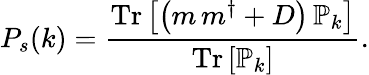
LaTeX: P_{s}(k)={\frac{\mathrm{Tr}\left[\left(m\, m^{\dagger}+D\right)\, \mathbb{P}_{k}\right]}{\mathrm{Tr}\left[\mathbb{P}_{k}\right]}}.